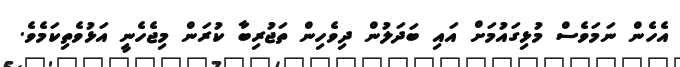
އެހެން ނަމަވެސް މުޅިގައުމަށް އައި ބަދަލުން ދިވެހިން ތަޖުރިބާ ކުރަން މިޖެހެނީ އަޅުވެތިކަމެވެ.